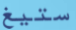
ستيغ